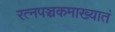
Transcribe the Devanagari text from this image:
रत्‍नपञ्चकमाख्यातं